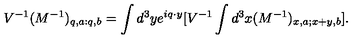
V ^ { - 1 } ( M ^ { - 1 } ) _ { q , a : q , b } = \int d ^ { 3 } y e ^ { i q \cdot y } [ V ^ { - 1 } \int d ^ { 3 } x ( M ^ { - 1 } ) _ { x , a ; x + y , b } ] \mathrm { . }